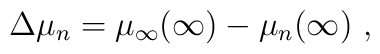
\Delta \mu_n = \mu_\infty(\infty) - \mu_n(\infty)\ ,